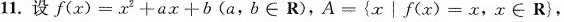
11.设 $$f ( x ) =x ^ { 2 } + a x + bb$$(a,b\in R),$$A = { x │f ( x ) = x$$,x \in R },